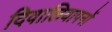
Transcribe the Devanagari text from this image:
दिवालियापनों